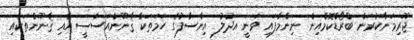
ޖޫރިމަނާކުރަން ބްރޯޑްކޮމްއިން ނިންމާފައި ވަނީ އަދުލު އިންސާފުގެ ހަމަތަކާ ޤާނޫންއަސާސީ އާއި ޤާނޫންތަކާއި